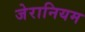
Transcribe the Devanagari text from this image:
जेरानियम